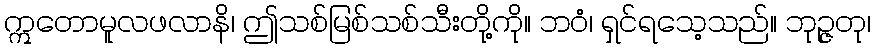
ဣတောမူလဖလာနိ၊ ဤသစ်မြစ်သစ်သီးတို့ကို။ ဘဝံ၊ ရှင်ရသေ့သည်။ ဘုဉ္ဇတု၊